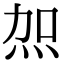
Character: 𭴖